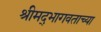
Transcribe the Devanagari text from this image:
श्रीमद्‍भागवताच्या